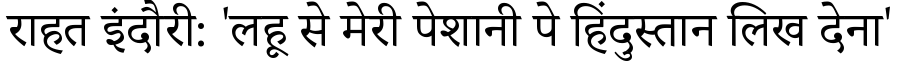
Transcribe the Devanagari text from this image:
राहत इंदौरी: 'लहू से मेरी पेशानी पे हिंदुस्तान लिख देना'